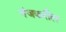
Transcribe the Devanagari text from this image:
गंजकरौल